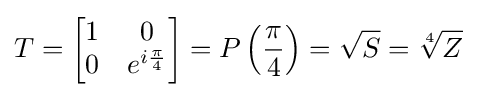
T={\begin{bmatrix}1&0\\0&e^{i{\frac {\pi }{4}}}\end{bmatrix}}=P\left({\frac {\pi }{4}}\right)={\sqrt {S}}={\sqrt[{4}]{Z}}